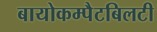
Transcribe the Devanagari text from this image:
बायोकम्पैटबिलटी